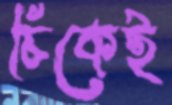
চিকেই